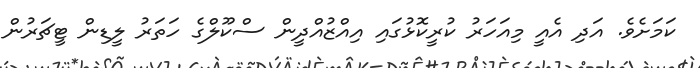
ކަމަށެވެ. އަދި އެއީ މިއަހަރު ކުރީކޮޅުގައި އިއްޒުއްދީން ސްކޫލްގެ ހަތަރު ލީޑިން ޓީޗަރުން